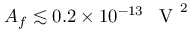
{ A _ { f } \lesssim 0 . 2 \times 1 0 ^ { - 1 3 } \mathrm { ~ \, ~ V ~ } ^ { 2 } }